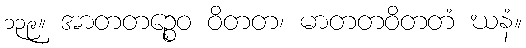
၁၃၉။ အာတတဉ္စေဝ ဝိတတ၊ မာတတဝိတတံ ဃနံ။